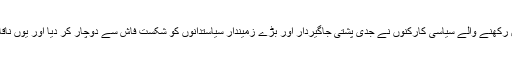
1970ء کے انتخابات میں نوزائیدہ پارٹی کے پلیٹ فارم سے درمیانے اور محنت کش طبقے سے تعلق رکھنے والے سیاسی کارکنوں نے جدی پشتی جاگیردار اور بڑے زمیندار سیاستدانوں کو شکست فاش سے دوچار کر دیا اور یوں ناقابل شکست سمجھے جانے والے جغادری لیڈروں کو عام سیاسی کارکنوں کے ہاتھوں ہزیمت اٹھانا پڑی۔